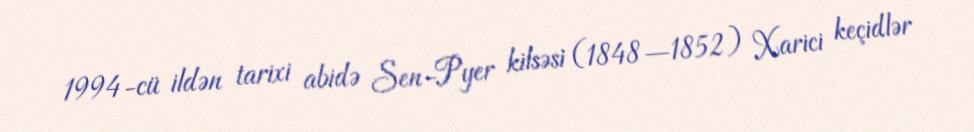
1994-cü ildən tarixi abidə Sen-Pyer kilsəsi (1848—1852) Xarici keçidlər